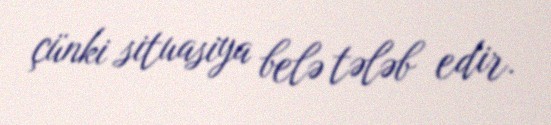
çünki situasiya belə tələb edir.